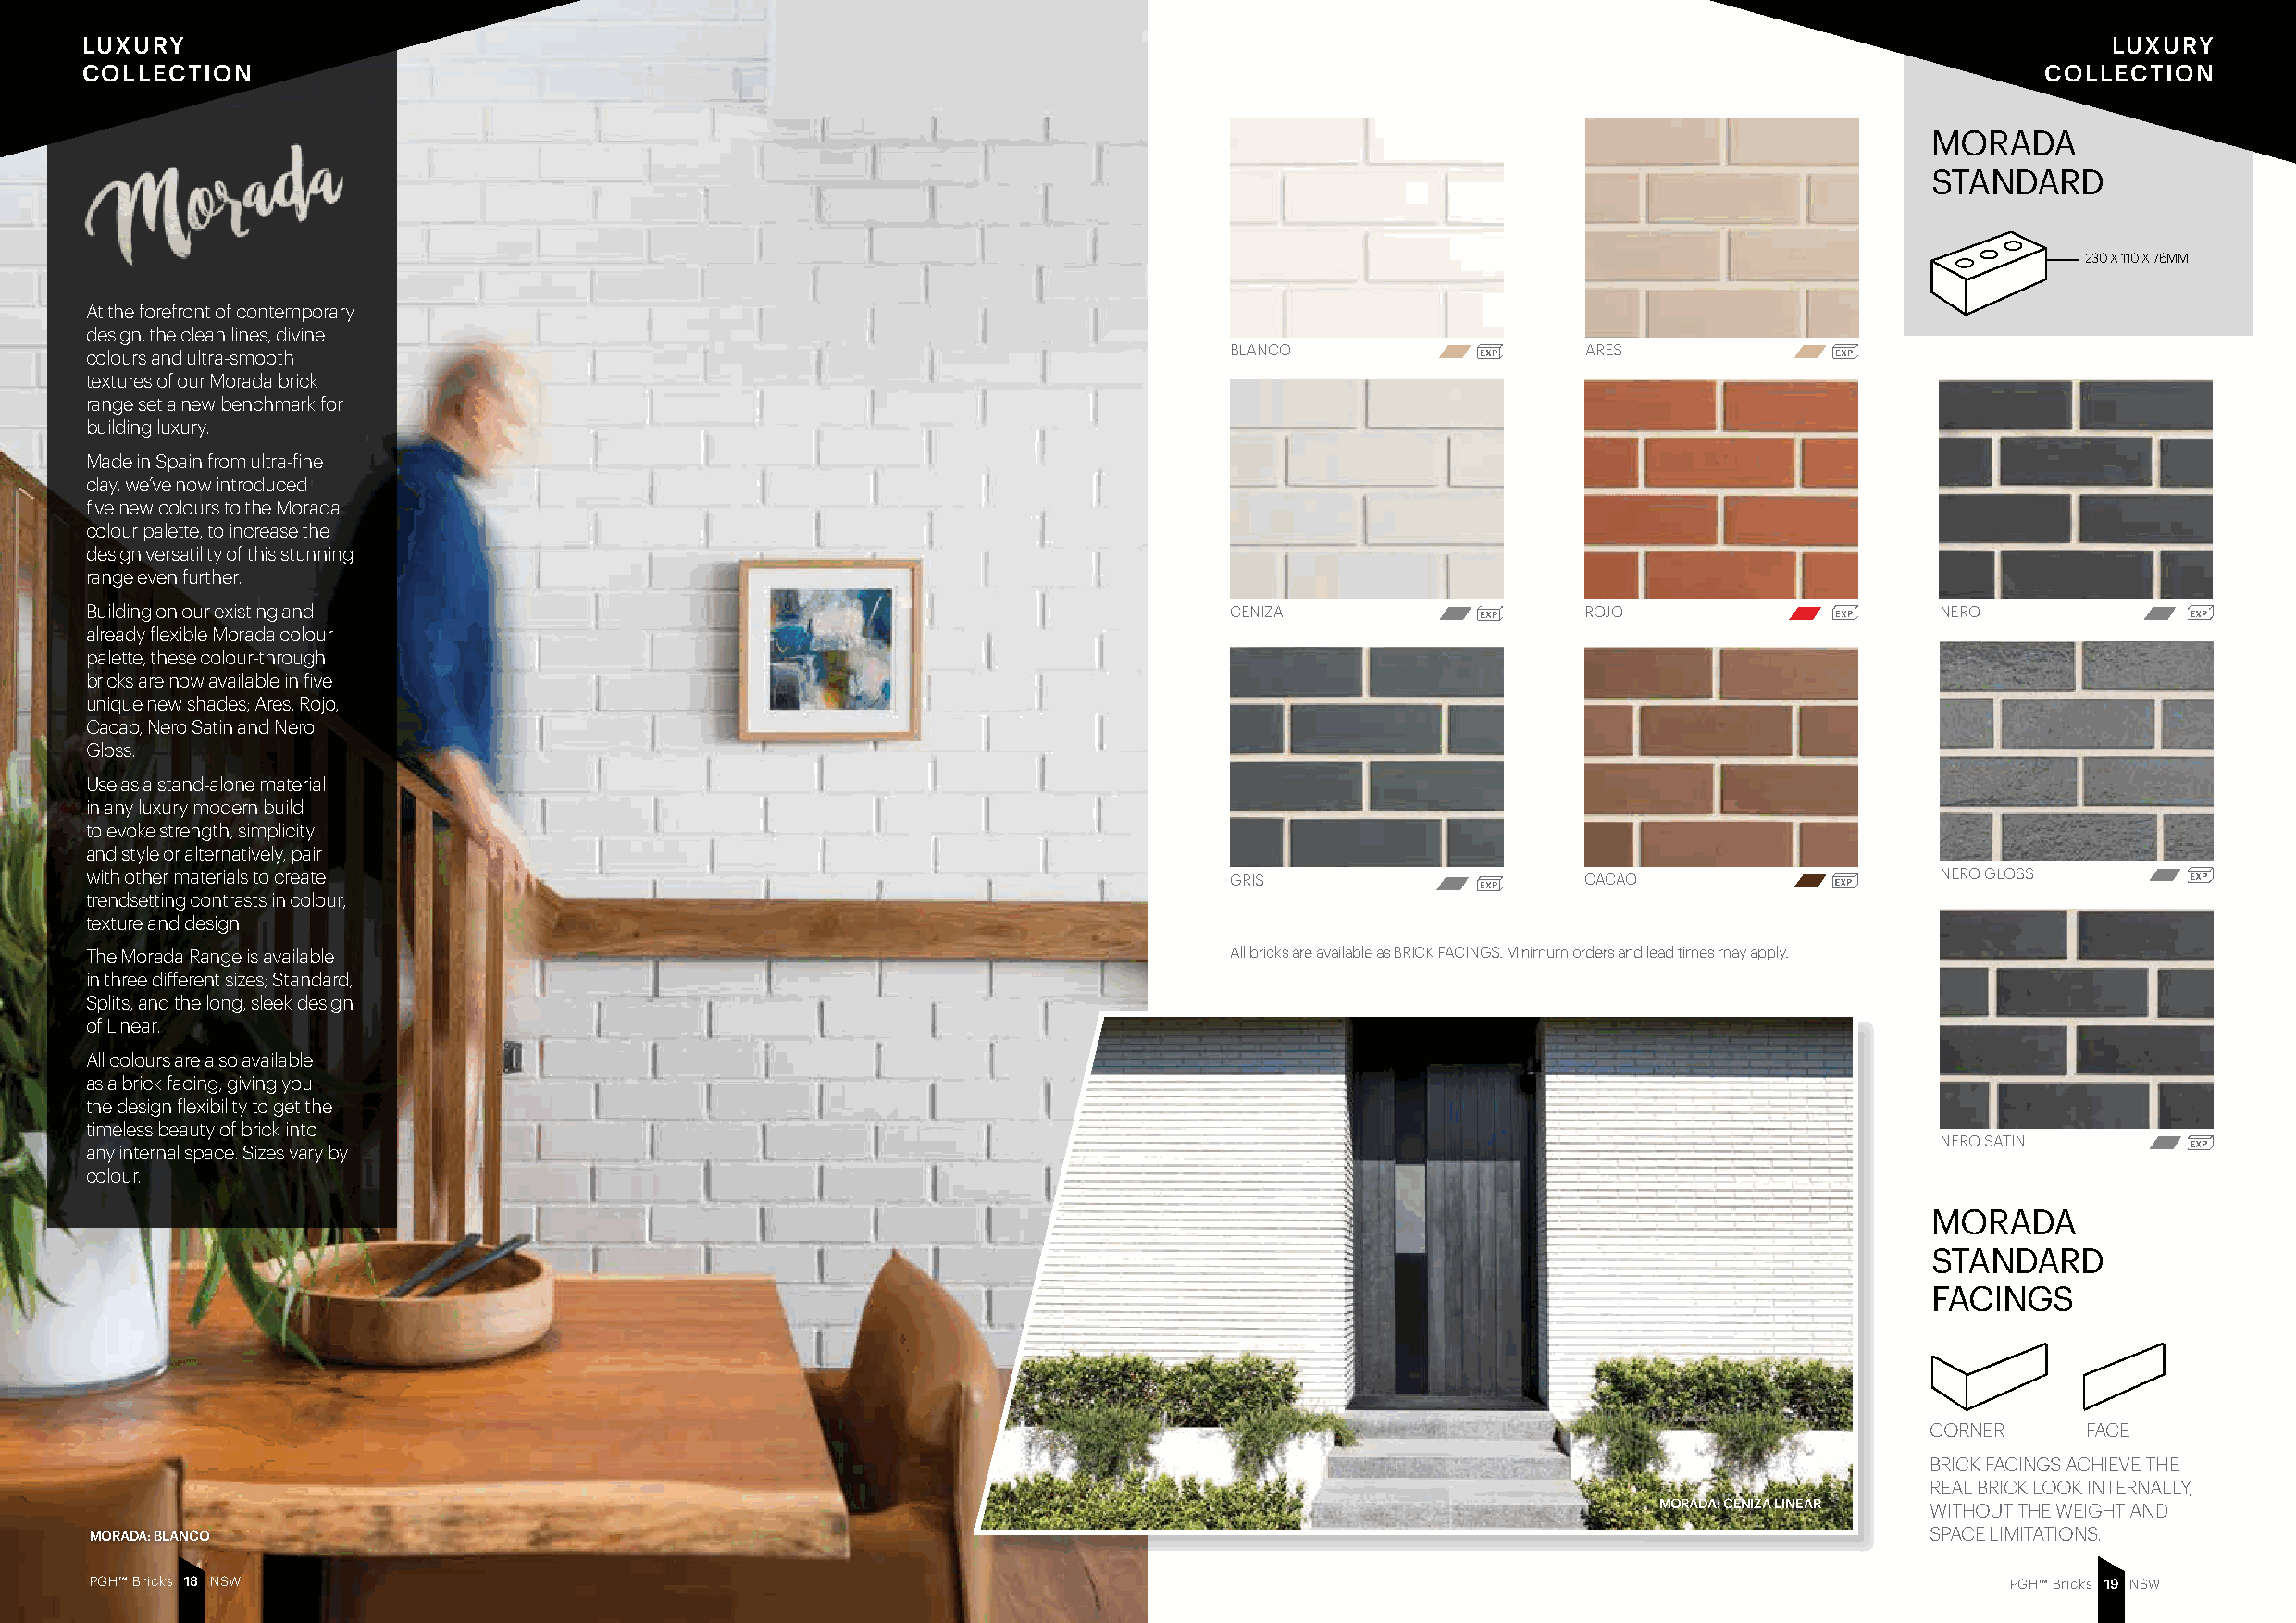
LUXURY                                                                                                                                           LUXURY
 COLLECTION                                                                                                                                  COLLECTION
 MORADA
 STANDARD
 230 X 110 X 76MM
 At the forefront of contemporary
 design, the clean lines, divine
 BLANCO                   ARES
 colours and ultra-smooth
 textures of our Morada brick
 range set a new benchmark for
 building luxury.
 Made in Spain from ultra-fine
 clay, we’ve now introduced
 five new colours to the Morada
 colour palette, to increase the
 design versatility of this stunning
 range even further.
 Building on our existing and                                                      CENIZA                   ROJO                      NERO
 already flexible Morada colour
 palette, these colour-through
 bricks are now available in five
 unique new shades; Ares, Rojo,
 Cacao, Nero Satin and Nero
 Gloss.
 Use as a stand-alone material
 in any luxury modern build
 to evoke strength, simplicity
 and style or alternatively, pair
 with other materials to create                                                    GRIS                     CACAO                     NERO GLOSS
 trendsetting contrasts in colour,
 texture and design.
 The Morada Range is available                                                     All bricks are available as BRICK FACINGS. Minimum orders and lead times may apply.
 in three different sizes; Standard,
 Splits, and the long, sleek design
 of Linear.
 All colours are also available
 as a brick facing, giving you
 the design flexibility to get the
 timeless beauty of brick into
 NERO SATIN
 any internal space. Sizes vary by
 colour.
 MORADA
 STANDARD
 FACINGS
 CORNER     FACE
 BRICK FACINGS ACHIEVE THE
 REAL BRICK LOOK INTERNALLY,
 MORADA: CENIZA LINEAR WITHOUT THE WEIGHT AND
 MORADA: BLANCO                                                                                                                      SPACE LIMITATIONS.
 PGH™ Bricks 1 8 NSW                                                                                                                       PGH™ Bricks 1 9 NSW